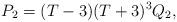
LaTeX: \begin{align*}P_{2}=(T-3)(T+3)^{3}Q_{2},\end{align*}